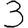
Digit: 3